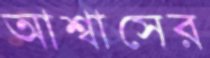
আশ্বাসের